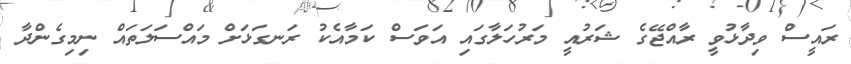
ރައީސް ވިދާޅުވީ ރާއްޖޭގެ ޝަރުއީ މަރުހަލާގައި އަވަސް ކަމާއެކު ރަނގަޅަށް މައްސަލަތައް ނިމިގެންދާ